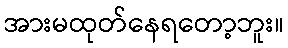
အားမထုတ်နေရတော့ဘူး။